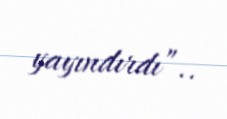
yayındırdı”..